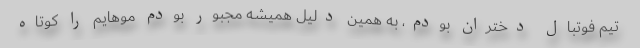
تیم فوتبال دختران بودم، به همین دلیل همیشه مجبور بودم موهایم را کوتاه